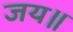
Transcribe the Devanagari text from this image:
जय॥